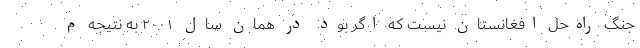
جنگ راه‌حل افغانستان نيست‌ كه اگر بود در همان سال ۲۰۰۱ به نتيجه م